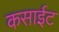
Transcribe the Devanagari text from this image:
कसाईट